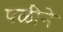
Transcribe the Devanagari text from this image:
पळीने